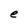
Character: e